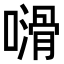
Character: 𠿭